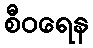
စီဝရေန